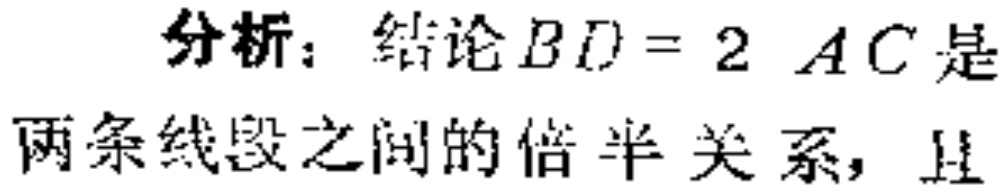
分析：结论\(BD = 2AC\)是两条线段之间的倍半关系，且